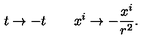
t \to - t \qquad x ^ { i } \to - { \frac { x ^ { i } } { r ^ { 2 } } } .